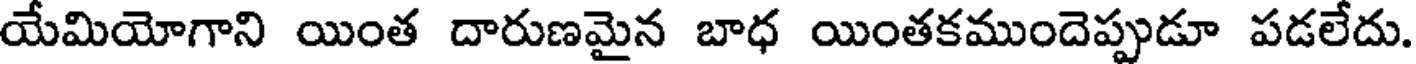
యేమియోగాని యింత దారుణమైన బాధ యింతకముందెప్పుడూ పడలేదు.